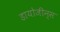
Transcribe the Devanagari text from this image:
डायोजीन्स